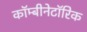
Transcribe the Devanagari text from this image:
कॉम्बीनेटॉरिक